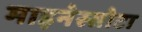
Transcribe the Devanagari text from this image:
माइनेस्सोटा